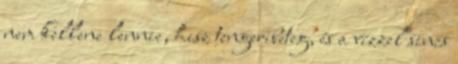
nem kellene lennie, hisz tengeribeteg, és a vízzel sincs